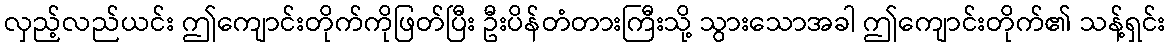
လှည့်လည်ယင်း ဤကျောင်းတိုက်ကိုဖြတ်ပြီး ဦးပိန်တံတားကြီးသို့ သွားသောအခါ ဤကျောင်းတိုက်၏ သန့်ရှင်း